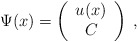
\begin{align*}\Psi (x)=\left(\begin{array}{c}u(x)\\C\end{array}\right)\;,\end{align*}